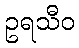
ဥရသီဝ